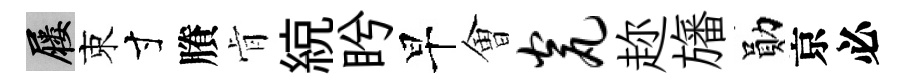
屨束寸賸肻綂盻早㑹瓮趂旛勛京必